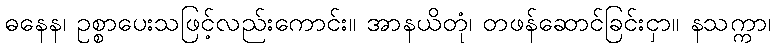
ဓနေန၊ ဥစ္စာပေးသဖြင့်လည်းကောင်း။ အာနယိတုံ၊ တဖန်ဆောင်ခြင်းငှာ။ နသက္ကာ၊